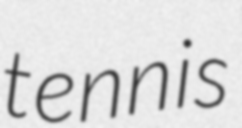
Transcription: tennis